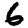
Digit: 6